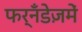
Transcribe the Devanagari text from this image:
फर्नॅंडेज़में